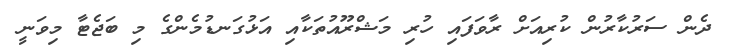
ދެން ސަރުކާރުން ކުރިއަށް ރާވަފައި ހުރި މަޝްރޫއުތަކާއި އަޅުގަނޑުމެންގެ މި ބަޖެޓާ މިވަނީ